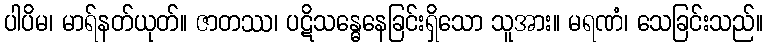
ပါပိမ၊ မာရ်နတ်ယုတ်။ ဇာတဿ၊ ပဋိသန္ဓေနေခြင်းရှိသော သူအား။ မရဏံ၊ သေခြင်းသည်။